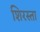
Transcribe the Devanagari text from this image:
शिरस्ता